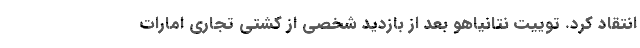
انتقاد کرد. توییت نتانیاهو بعد از بازدید شخصی از کشتی تجاری امارات